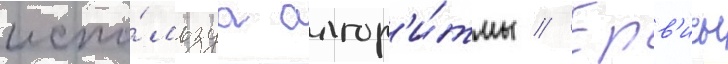
испо́льзуа алгор'и́тмы // Ерв'исы